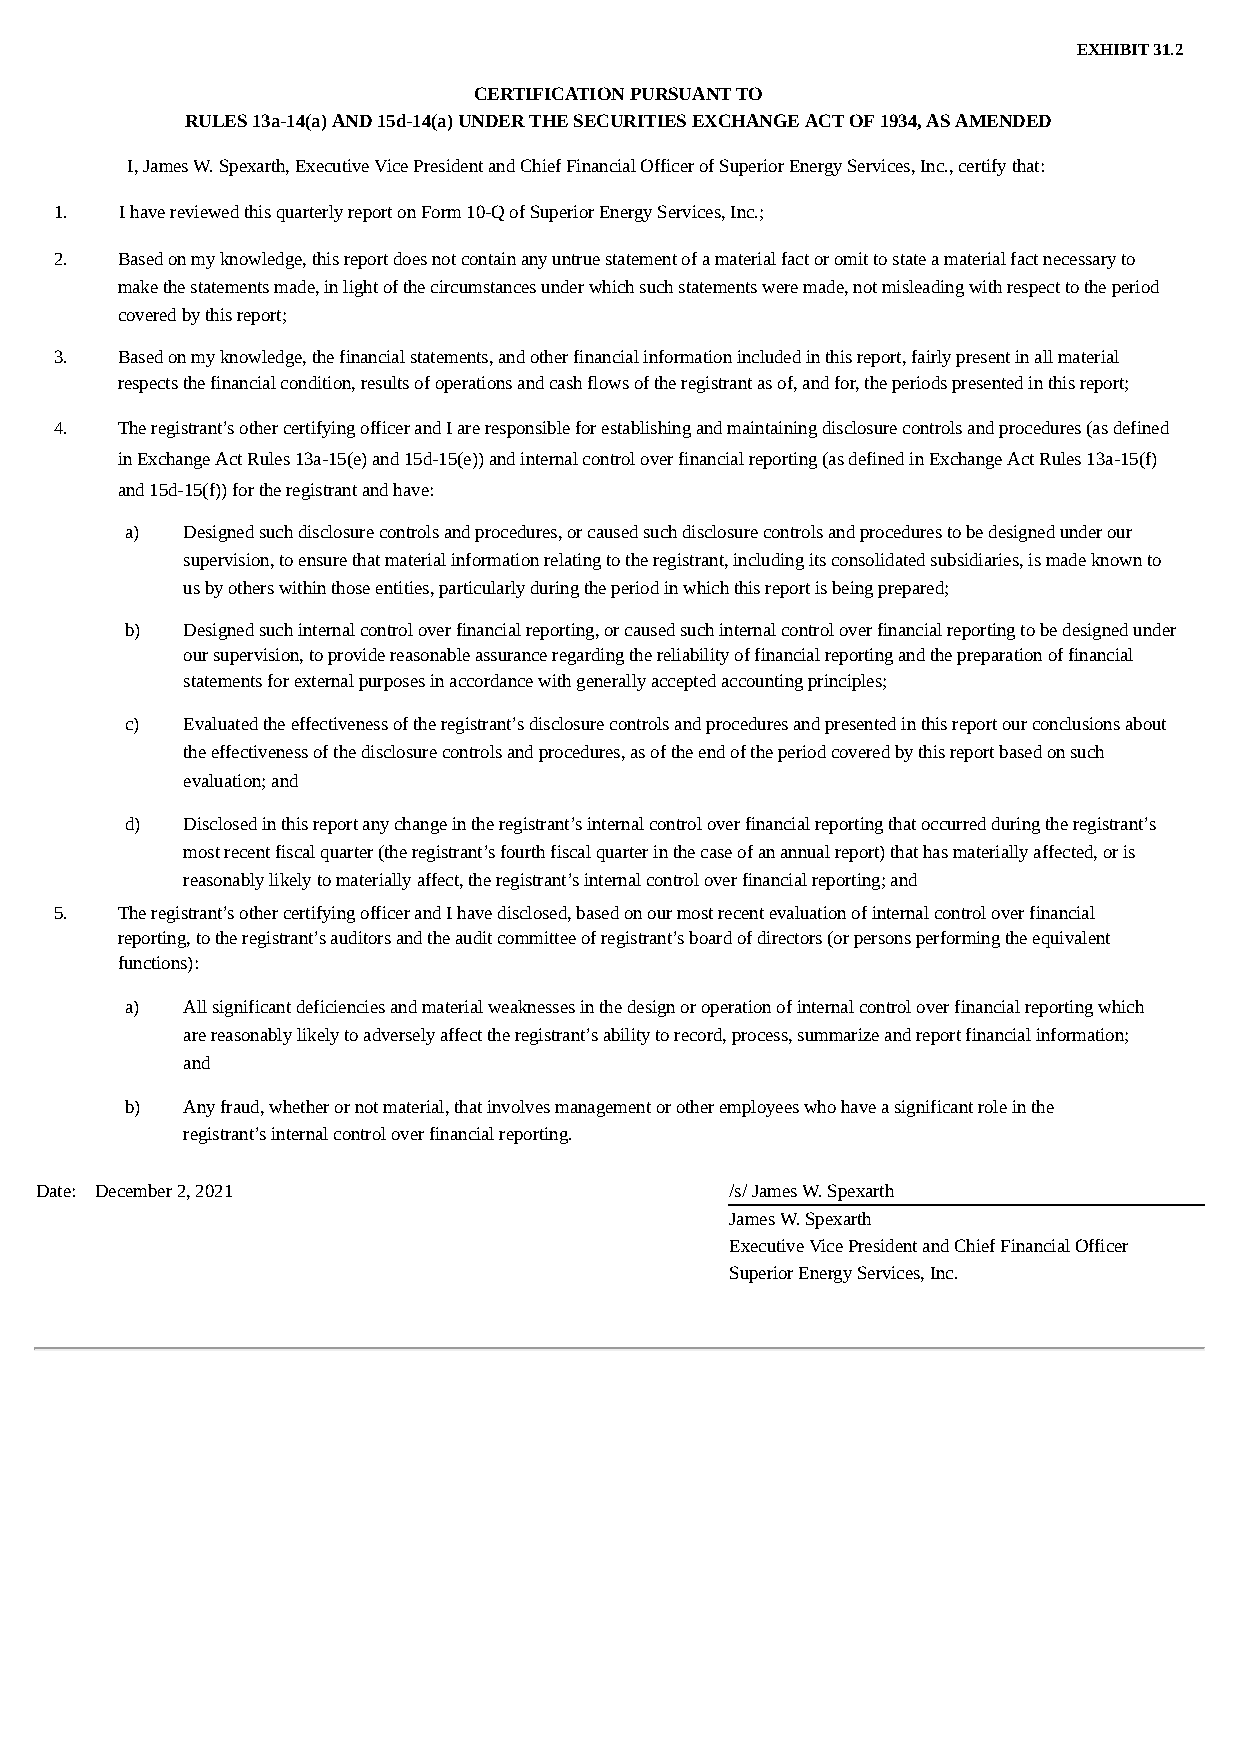
EXHIBIT 31.2
 CERTIFICATION PURSUANT TO
 RULES 13a-14(a) AND 15d-14(a) UNDER THE SECURITIES EXCHANGE ACT OF 1934, AS AMENDED
 I, James W. Spexarth, Executive Vice President and Chief Financial Officer of Superior Energy Services, Inc., certify that:
 1.  I have reviewed this quarterly report on Form 10-Q of Superior Energy Services, Inc.;
 2.  Based on my knowledge, this report does not contain any untrue statement of a material fact or omit to state a material fact necessary to
 make the statements made, in light of the circumstances under which such statements were made, not misleading with respect to the period
 covered by this report;
 3.  Based on my knowledge, the financial statements, and other financial information included in this report, fairly present in all material
 respects the financial condition, results of operations and cash flows of the registrant as of, and for, the periods presented in this report;
 4.  The registrant’s other certifying officer and I are responsible for establishing and maintaining disclosure controls and procedures (as defined
 in Exchange Act Rules 13a-15(e) and 15d-15(e)) and internal control over financial reporting (as defined in Exchange Act Rules 13a-15(f)
 and 15d-15(f)) for the registrant and have:
 a)  Designed such disclosure controls and procedures, or caused such disclosure controls and procedures to be designed under our
 supervision, to ensure that material information relating to the registrant, including its consolidated subsidiaries, is made known to
 us by others within those entities, particularly during the period in which this report is being prepared;
 b)  Designed such internal control over financial reporting, or caused such internal control over financial reporting to be designed under
 our supervision, to provide reasonable assurance regarding the reliability of financial reporting and the preparation of financial
 statements for external purposes in accordance with generally accepted accounting principles;
 c)  Evaluated the effectiveness of the registrant’s disclosure controls and procedures and presented in this report our conclusions about
 the effectiveness of the disclosure controls and procedures, as of the end of the period covered by this report based on such
 evaluation; and
 d)  Disclosed in this report any change in the registrant’s internal control over financial reporting that occurred during the registrant’s
 most recent fiscal quarter (the registrant’s fourth fiscal quarter in the case of an annual report) that has materially affected, or is
 reasonably likely to materially affect, the registrant’s internal control over financial reporting; and
 5.  The registrant’s other certifying officer and I have disclosed, based on our most recent evaluation of internal control over financial
 reporting, to the registrant’s auditors and the audit committee of registrant’s board of directors (or persons performing the equivalent
 functions):
 a)  All significant deficiencies and material weaknesses in the design or operation of internal control over financial reporting which
 are reasonably likely to adversely affect the registrant’s ability to record, process, summarize and report financial information;
 and
 b)  Any fraud, whether or not material, that involves management or other employees who have a significant role in the
 registrant’s internal control over financial reporting.
 Date: December 2, 2021                        /s/ James W. Spexarth
 James W. Spexarth
 Executive Vice President and Chief Financial Officer
 Superior Energy Services, Inc.